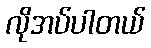
လိုအပ်ပါတယ်